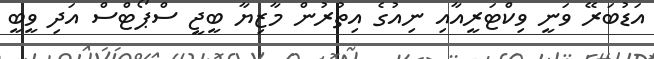
އަޑުބަރޭ ވަނީ ވިކްޓަރީއާއި ނިއުގެ އިތުރުން މާޒިޔާ ބީޖީ ސްޕޯޓްސް އަދި ވީބީ